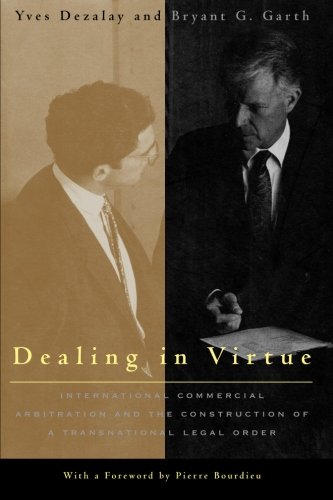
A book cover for Dealing in Virtue: International Commercial Arbitration and the Construction of a Transnational Legal Order (Chicago Series in Law and Society); Yves Dezalay; Law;